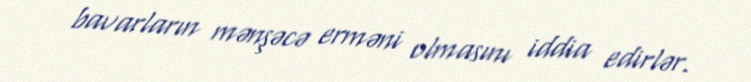
bavarların mənşəcə erməni olmasını iddia edirlər.